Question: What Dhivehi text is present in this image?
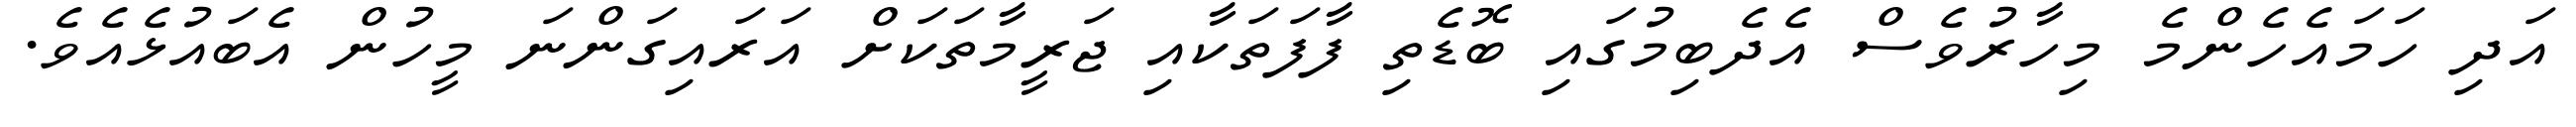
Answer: އަދި ހަމައެހެންމެ މިހާރުވެސް އެދެބިމުގައި ބޮޑެތި ފާފަތަކާއި ޖަރީމާތަކަށް އަރައިގަންނަ މީހުން އެބައުޅެއެވެ.